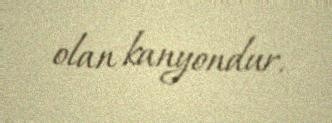
olan kanyondur.